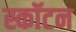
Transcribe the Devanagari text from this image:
स्कॉटन